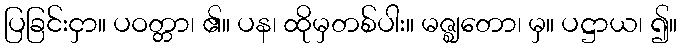
ပြခြင်းငှာ။ ပဝတ္တာ၊ ၏။ ပန၊ ထိုမှတစ်ပါး။ မဇ္ဈတော၊ မှ။ ပဋ္ဌာယ၊ ၍။